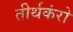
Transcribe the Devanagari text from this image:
तीर्थकंरो